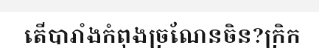
តើបារាំងកំពុងច្រណែនចិន?ក្រិក